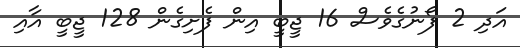
އަދި 2 ފޯނުގެވެސް 16 ޖީބީ އިން ފެށިގެން 128 ޖީބީ އާއި